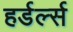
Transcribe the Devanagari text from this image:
हर्डर्ल्स